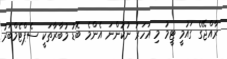
ރާއްޖޭގެ ގައުމީ ޓީމު މި އަހަރު ނުކުންނަ އެންމެ ބޮޑު މުބާރާތަކީ ސެޕްޓެމްބަރު